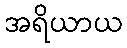
အရိယာယ